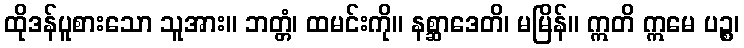
ထိုဒန်ပူစားသော သူအား။ ဘတ္တံ၊ ထမင်းကို။ နစ္ဆာဒေတိ၊ မမြိန်။ ဣတိ ဣမေ ပဉ္စ၊